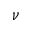
\nu